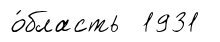
о́бласть 1931